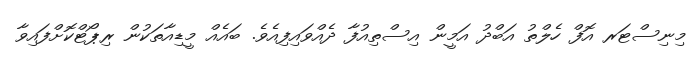
މިނިސްޓަރ އޮފް ހެލްތު އަބްދު އަމީން އިސްތިއުފާ ދެއްވައިފިއެވެ. ބައެއް މީޑިއާތަކުން ރިޕޯޓްކޮށްފައިވާ